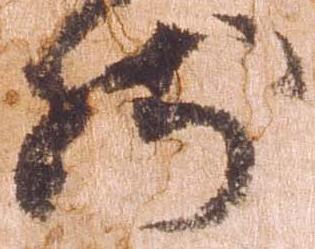
然